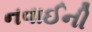
નવાઈની